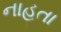
નાહતા